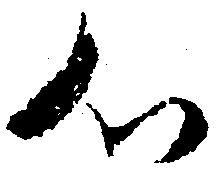
心